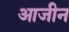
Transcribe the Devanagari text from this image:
आजीन